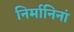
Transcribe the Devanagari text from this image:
निर्मानिनां